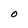
Character: O